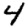
Digit: 4